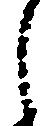
し